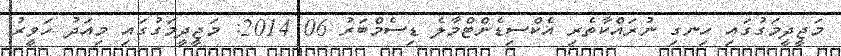
މަޖީދީމަގުގައި ހިނގި ނުރައްކާތެރި އެކްސިޑެންޓްމާލެ ޑިސެމްބަރު 06 2014: މަޖީދީމަގުގައި މިއަދު ހަވީރު